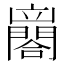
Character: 𨶼